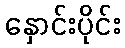
နှောင်းပိုင်း